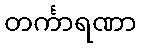
တင်္ကာရဏာ